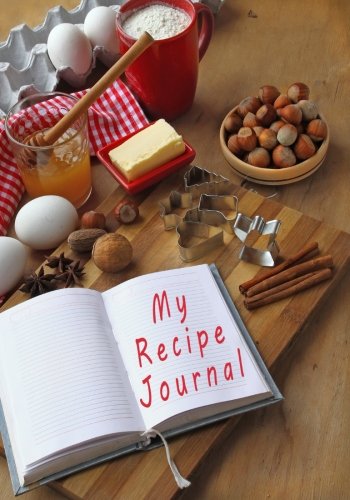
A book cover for My Recipe Journal: Blank Cookbook, 7 x 10, 111 Pages; My Recipe Journal; Cookbooks, Food & Wine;